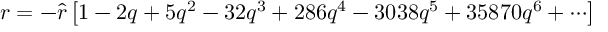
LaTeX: r = - { \hat { r } } \left[ 1 - 2 q + 5 q ^ { 2 } - 3 2 q ^ { 3 } + 2 8 6 q ^ { 4 } - 3 0 3 8 q ^ { 5 } + 3 5 8 7 0 q ^ { 6 } + \cdots \right]